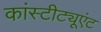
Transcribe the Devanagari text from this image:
कांस्टीट्यूएंट